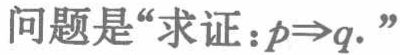
问题是“求证：\(p\Rightarrow q.\)”